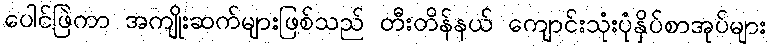
ပေါင်ဖြဲကာ အကျိုးဆက်များဖြစ်သည် တီးတိန်နယ် ကျောင်းသုံးပုံနှိပ်စာအုပ်များ